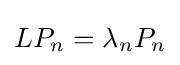
LP_{n}=\lambda _{n}P_{n}